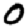
Digit: 0